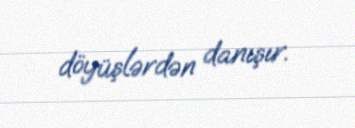
döyüşlərdən danışır.